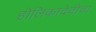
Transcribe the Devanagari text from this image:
होलिकादेवीचा